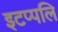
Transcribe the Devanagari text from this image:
इटप्पलि